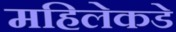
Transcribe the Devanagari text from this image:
महिलेकडे